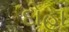
દોહા